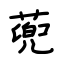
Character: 蔸